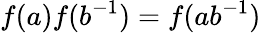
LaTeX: f(a)f(b^{-1})=f(ab^{-1})